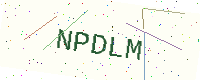
Text: NPDLM